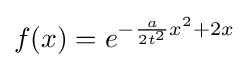
{\textstyle f(x)=e^{-{\frac {a}{2t^{2}}}x^{2}+2x}}